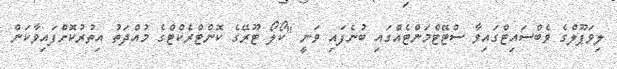
ލިވަޕޫލްގެ ވެބްސައިޓްގައިވާ ސްޓޭޓްމަންޓެއްގައި ބުނެފައި ވަނީ "ކޯލޯ ޓޫރޭގެ ކޮންޓްރެކްޓްގެ މުއްދަތު އިތުރުކޮށްފައިވާކަން